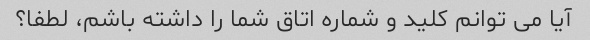
آیا می توانم کلید و شماره اتاق شما را داشته باشم، لطفا؟